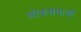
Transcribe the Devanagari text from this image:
लोकसभाओं